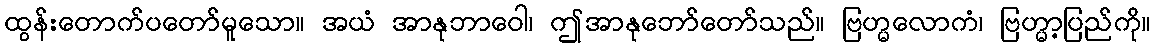
ထွန်းတောက်ပတော်မူသော။ အယံ အာနုဘာဝေါ၊ ဤအာနုဘော်တော်သည်။ ဗြဟ္မလောကံ၊ ဗြဟ္မာ့ပြည်ကို။